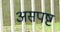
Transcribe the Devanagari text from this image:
असपष्ट